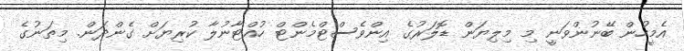
އެމީހުން ބޭނުންވަނީ މި މިލިޔަން ޑޮލަރުގެ އިންވެސްޓްމެންޓް ހުއްޓާނުލާ ކުރިޔަށް ގެންދަން. މިތަނުގެ